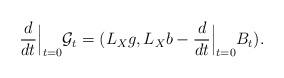
LaTeX: \begin{align*} \frac{d}{dt}\Big|_{t=0} \mathcal{G}_t=(L_Xg,L_Xb-\frac{d}{dt}\Big|_{t=0}B_t).\end{align*}